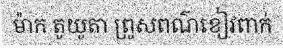
ម៉ាក តូយូតា ព្រូសពណ៌ខៀវពាក់